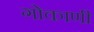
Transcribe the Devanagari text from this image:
गोकाणी